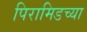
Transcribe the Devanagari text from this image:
पिरामिडच्या